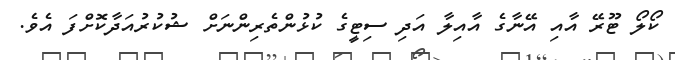
ކޯލޯ ޓޫރޭ އާއި އޭނާގެ އާއިލާ އަދި ސިޓީގެ ކުޅުންތެރިންނަށް ޝުކުރުއަދާކޮށްފަ އެވެ.